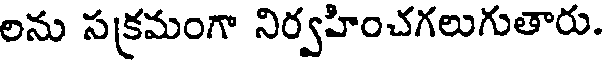
లను సక్రమంగా నిర్వహించగలుగుతారు.